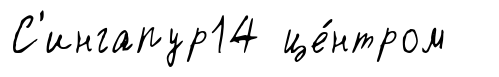
С'ингапур14 це́нтром